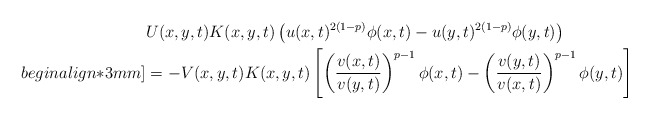
\begin{align*}&U(x,y,t)K(x,y,t)\left(u(x,t)^{2(1-p)}\phi(x,t)-u(y,t)^{2(1-p)}\phi(y,t)\right) \\begin{align*}3mm]&=-V(x,y,t)K(x,y,t)\left[\left(\frac{v(x,t)}{v(y,t)}\right)^{p-1}\phi(x,t)-\left(\frac{v(y,t)}{v(x,t)}\right)^{p-1}\phi(y,t)\right]\end{align*}